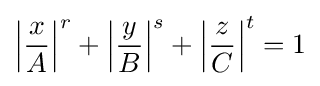
\left|{\frac {x}{A}}\right|^{r}+\left|{\frac {y}{B}}\right|^{s}+\left|{\frac {z}{C}}\right|^{t}=1